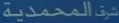
المحمدية شرطة